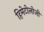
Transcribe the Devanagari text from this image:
हिमेटोलोजी